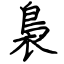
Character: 裊